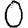
Digit: 0